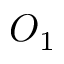
O _ { 1 }